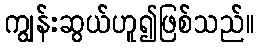
ကျွန်းဆွယ်ဟူ၍ဖြစ်သည်။